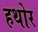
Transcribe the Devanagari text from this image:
हथोर